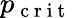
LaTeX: p_{\mathrm{~c~r~i~t~}}